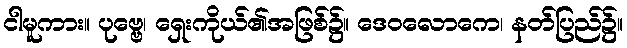
ငါမူကား။ ပုဗ္ဗေ၊ ရှေးကိုယ်၏အဖြစ်၌။ ဒေဝလောကေ၊ နတ်ပြည်၌။